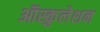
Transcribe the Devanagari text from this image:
ऑस्कुलेशन